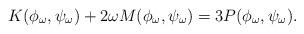
LaTeX: \begin{align*} K(\phi_\omega,\psi_\omega) + 2 \omega M(\phi_\omega,\psi_\omega) = 3 P(\phi_\omega,\psi_\omega).\end{align*}